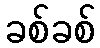
ခစ်ခစ်